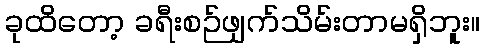
ခုထိတော့ ခရီးစဉ်ဖျက်သိမ်းတာမရှိဘူး။